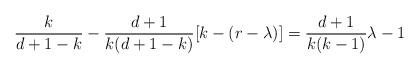
LaTeX: \begin{align*}\frac{k}{d+1-k}-\frac{d+1}{k(d+1-k)}[k-(r-\lambda)] = \frac{d+1}{k(k-1)}\lambda-1\end{align*}